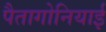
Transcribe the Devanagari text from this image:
पैतागोनियाई